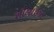
શીલાજીત